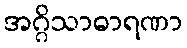
အဂ္ဂိသာဓာရဏာ